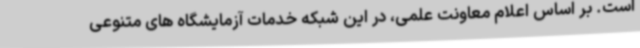
است. بر اساس اعلام معاونت علمی، در این شبکه خدمات آزمایشگاه های متنوعی